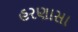
હરણાસા